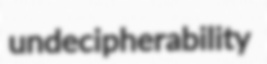
undecipherability